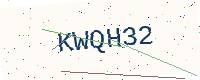
Text: KWQH32